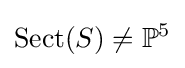
\operatorname {Sect} (S)\neq \mathbb {P} ^{5}